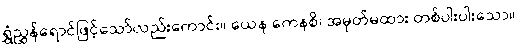
ရွှံညွှန်ရောင်ဖြင့်သော်လည်းကောင်း။ ယေန ကေနစိ၊ အမှတ်မထား တစ်ပါးပါးသော။